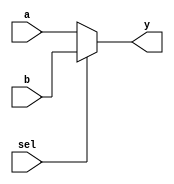
 module mux_21 (a, b, sel , y);
input a , b ;
output y ;
input sel ;
reg y ;

always @(a or b or sel)
begin
    if (sel==0)   y=a ;
    else y=b ;
end
endmodule 
//Magdy Mohamed Abdel Moneim Hafez